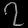
Digit: ၇